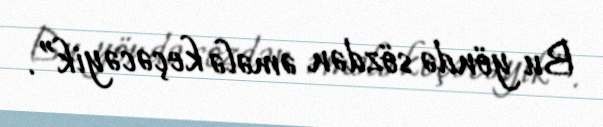
Bu yöndə sözdən əmələ keçəcəyik”.